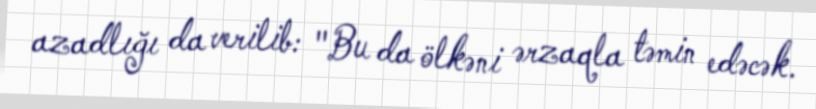
azadlığı da verilib: "Bu da ölkəni ərzaqla təmin edəcək.